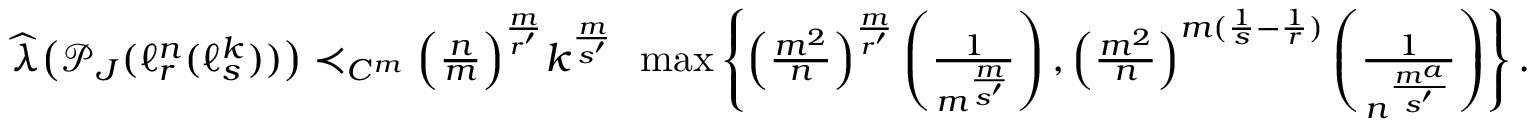
\begin{array} { r } { \widehat { \lambda } \big ( \mathcal P _ { J } ( \ell _ { r } ^ { n } ( \ell _ { s } ^ { k } ) ) \big ) \prec _ { C ^ { m } } \Big ( \frac { n } { m } \Big ) ^ { \frac { m } { r ^ { \prime } } } k ^ { \frac { m } { s ^ { \prime } } } \, \, \, \operatorname* { m a x } \left\{ \Big ( \frac { m ^ { 2 } } { n } \Big ) ^ { \frac { m } { r ^ { \prime } } } \left( \frac { 1 } { m ^ { \frac { m } { s ^ { \prime } } } } \right) , \Big ( \frac { m ^ { 2 } } { n } \Big ) ^ { m ( \frac 1 { s } - \frac { 1 } { r } ) } \left( \frac { 1 } { n ^ { \frac { m ^ { a } } { s ^ { \prime } } } } \right) \right\} . } \end{array}